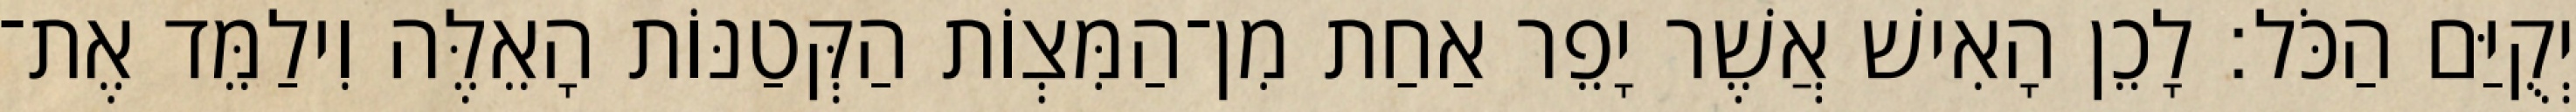
יְקֻיַּם הַכֹּל׃ לָכֵן הָאִישׁ אֲשֶׁר יָפֵר אַחַת מִן־הַמִּצְוֹת הַקְּטַנּוֹת הָאֵלֶּה וִילַמֵּד אֶת־